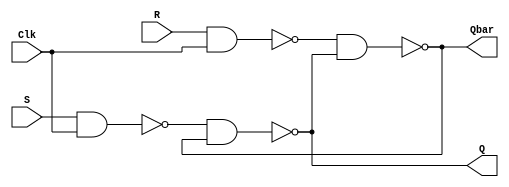
`timescale 1ns / 1ps
//////////////////////////////////////////////////////////////////////////////////
// Company: 
// Engineer: 
// 
// Design Name: 
// Module Name: SR_flipflop
// Project Name: 
// Target Devices: 
// Tool Versions: 
// Description: 
// 
// Dependencies: 
// 
// Revision:
// Revision 0.01 - File Created
// Additional Comments:
// 
//////////////////////////////////////////////////////////////////////////////////


module SR_flipflop(
    input S,
    input R,
    input Clk,
    output Q,
    output Qbar
    );

wire w1,w2;    
nand(w1,S,Clk);
nand(w2,R,Clk);
nand(Q,w1,Qbar);
nand(Qbar,w2,Q);
endmodule